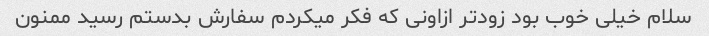
سلام خیلی خوب بود زودتر ازاونی که فکر میکردم سفارش بدستم رسید ممنون